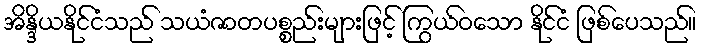
အိန္ဒိယနိုင်ငံသည် သယံဇာတပစ္စည်းများဖြင့် ကြွယ်ဝသော နိုင်ငံ ဖြစ်ပေသည်။